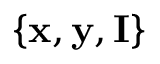
\{ \mathbf { x } , \mathbf { y } , \mathbf { I } \}